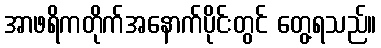
အာဖရိကတိုက်အနောက်ပိုင်းတွင် တွေ့ရသည်။